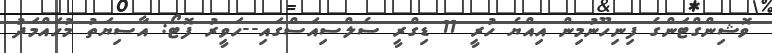
ވޮޝިންގްޓަންގެ ފިނިހޫނުމިން އިއްޔެ ހުރީ 11 ޑިގްރީ ސެލްސިއަސްގައި--ހަވީރު ފޮޓޯ: އާސިޔަތު މުހައްމަދު